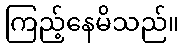
ကြည့်နေမိသည်။